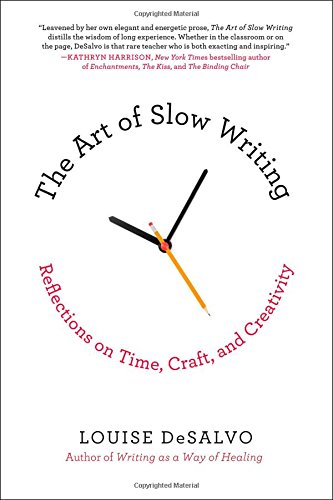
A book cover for The Art of Slow Writing: Reflections on Time, Craft, and Creativity; Louise DeSalvo; Reference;